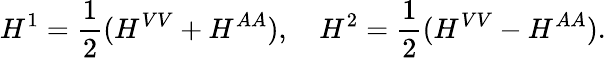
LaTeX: H^{1}=\frac 12(H^{VV}+H^{AA}),\quad H^{2}=\frac 12(H^{VV}-H^{AA}).